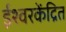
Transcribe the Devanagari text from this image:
ईश्वरकेंद्रित